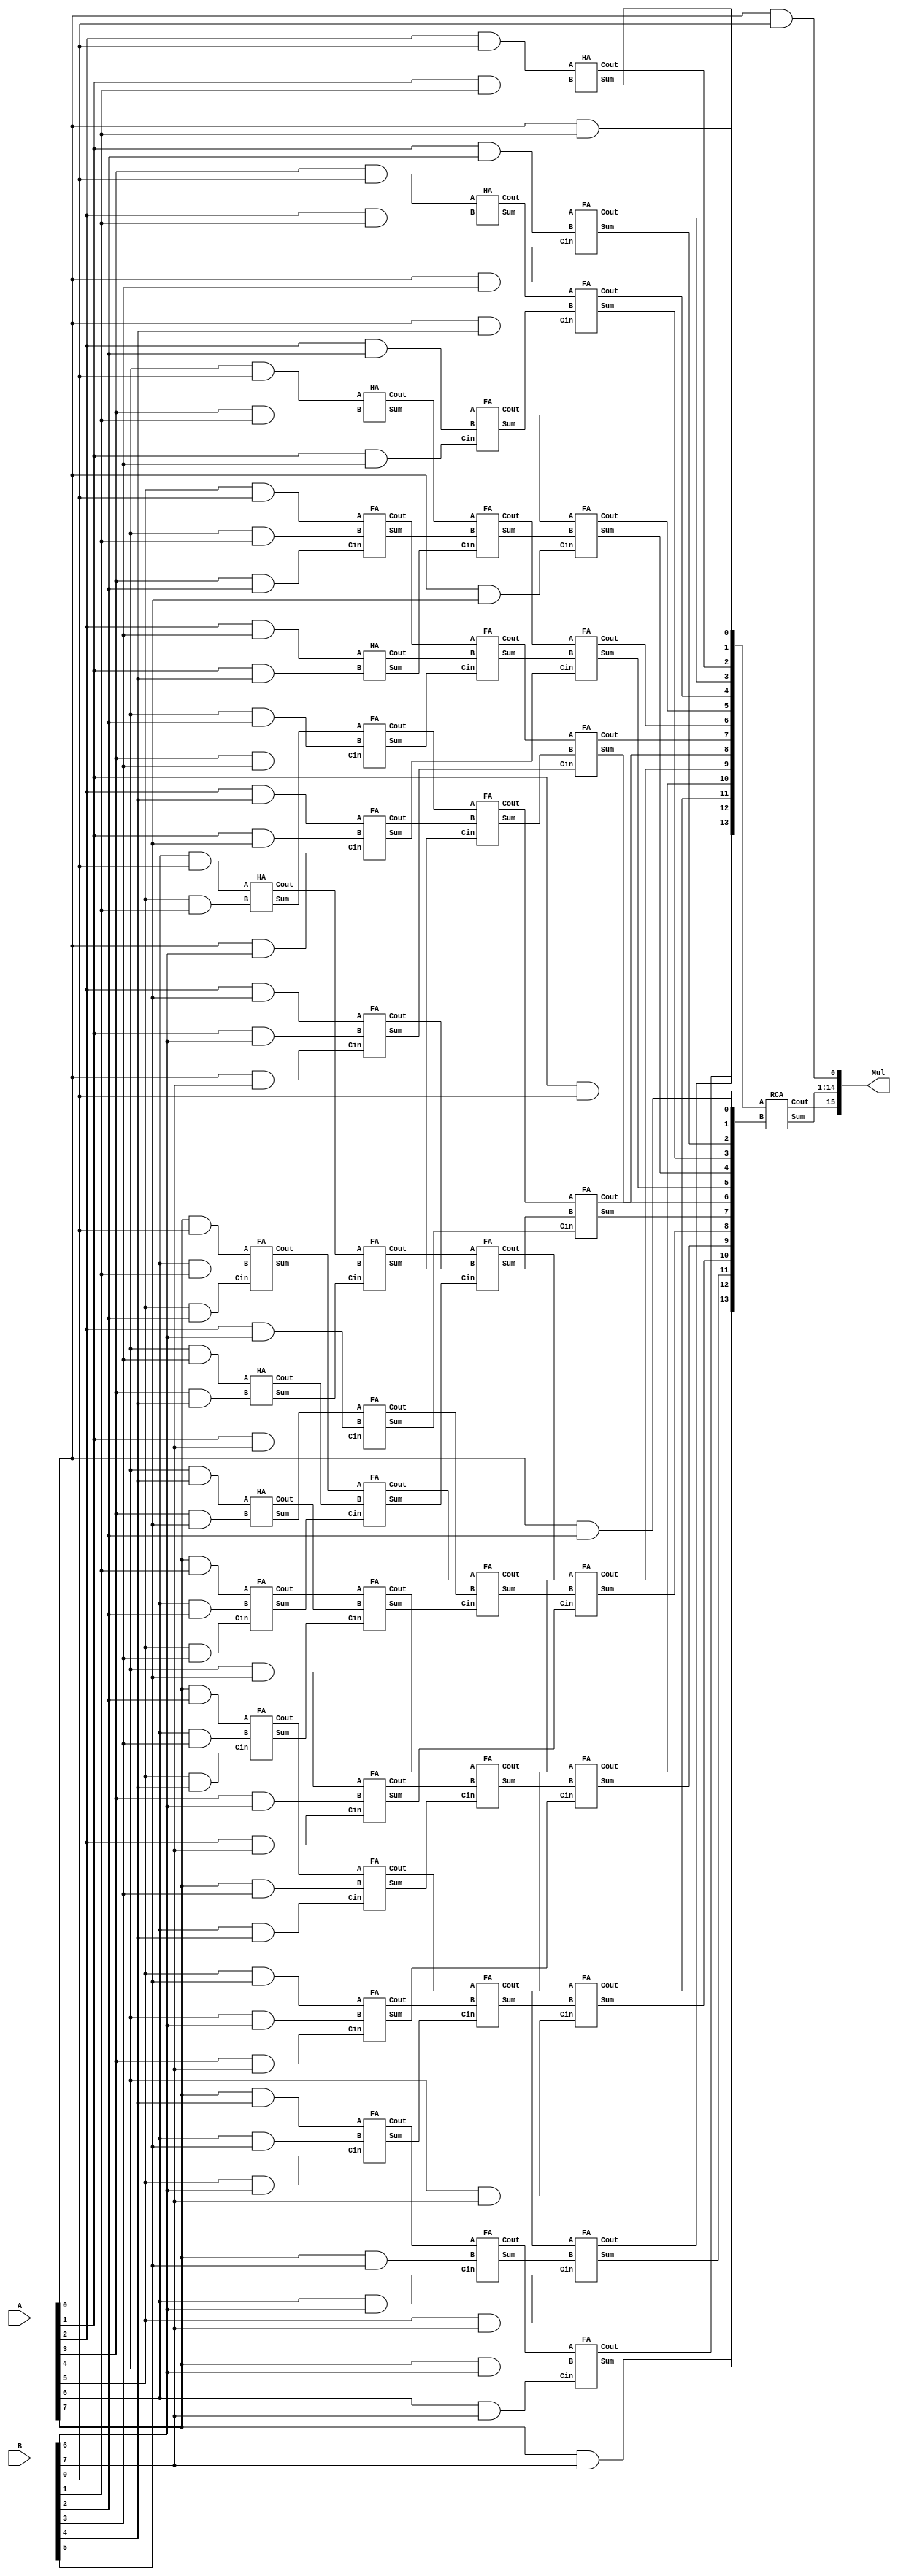
module Dadda (A, B, Mul);

parameter N=8;

input [N-1:0] A;
input [N-1:0] B;
output [2*N-1:0] Mul;
wire Cout;

reg p [N-1:0][N-1:0];

wire w01, w02, w03, w04, w05, w141, w142, w143, w144;
wire [1:0] w11, w131, w12, w132, w13, w133, w14, w15, w25, w35, w45, w55, w65, w75, w85, w95, w105, w115, w125, w135, w145;
wire [2:0] w21, w121, w22, w122, w23, w24, w34, w44, w54, w64, w74, w84, w94, w104, w114, w124, w134;
wire [3:0] w31, w111, w32, w112, w33, w43, w53, w63, w73, w83, w93, w103, w113, w123;
wire [4:0] w41, w101, w42;
wire [5:0] w51, w91 , w52, w62, w72, w82, w92, w102;
wire [6:0] w61, w81;
wire [7:0] w71;


// Initialize all the partial products
integer i,j;

always @(*)
begin

	for(i=0;i<N;i=i+1)
	begin
	
		for(j=0;j<N;j=j+1)
		begin
		
			p[i][j] = A[i] & B[j];
			
		end
	end
end



/*
					Stage 1

															a7 a6 a5 a4 a3 a2 a1 a0
														x	b7 b6 b5 b4 b3 b2 b1 b0
														------------------------------------------------------------------------------------
														a7b0 a6b0 a5b0 a4b0 a3b0 a2b0 a1b0 a0b0
												   a7b1 a6b1 a5b1 a4b1 a3b1 a2b1 a1b1 a0b1
											  a7b2 a6b2 a5b2 a4b2 a3b2 a2b2 a1b2 a0b2
							----------------------------------------------------------------------------------------------------------------
									     a7b3 a6b3 a5b3 a4b3 a3b3 a2b3 a1b3 a0b3
								    a7b4 a6b4 a5b4 a4b4 a3b4 a2b4 a1b4 a0b4
							   a7b5 a6b5 a5b5 a4b5 a3b5 a2b5 a1b5 a0b5
				----------------------------------------------------------------------------------------------------------------------------
						  a7b6 a6b6 a5b6 a4b6 a3b6 a2b6 a1b6 a0b6
				     a7b7 a6b7 a5b7 a4b7 a3b7 a2b7 a1b7 a0b7

---------------------------------------------------------------------------------------------------------------------------------------------
			
			
			Stage 2

														w92[0] w82[0] w72[0] w62[0] w52[0] w42[0] w32[0] w22[0] w12 w02		[weight-bit] [stage]
														w92[1] w82[1] w72[1] w62[1] w52[1] w42[1] w32[1] w22[1]
								w122[0] w112[0] w102[0] w92[2] w82[2] w72[2] w62[2] w52[2] w42[2] w32[2]
				----------------------------------------------------------------------------------------------------------------------------								
								w122[1] w112[1] w102[1] w92[3] w82[3] w72[3] w62[3] w52[3]
						w132[0] w122[2] w112[2] w102[2] w92[4] w82[4] w72[4] w62[4]
				w142[0] w132[1] w122[3] w112[3] w102[3] w92[5] w82[5] w72[5]

---------------------------------------------------------------------------------------------------------------------------------------------								
								
								
								
*/



// Stage 1			// [Weight-bit] [Stage]

assign w01 = p[0][0];
assign w02 = w01;

assign w11[0] = p[0][1];
assign w11[1] = p[1][0];
assign w12 = w11;

assign w21[0] = p[2][0];
assign w21[1] = p[1][1];
assign w21[2] = p[0][2];
assign w22 = w21;

assign w31[0] = p[3][0];
assign w31[1] = p[2][1];
assign w31[2] = p[1][2];
assign w31[3] = p[0][3];
assign w32 = w31;

assign w41[0] = p[4][0];
assign w41[1] = p[3][1];
assign w41[2] = p[2][2];
assign w41[3] = p[1][3];
assign w41[4] = p[0][4];
assign w42 = w41;

assign w51[0] = p[5][0];
assign w51[1] = p[4][1];
assign w51[2] = p[3][2];
assign w51[3] = p[2][3];
assign w51[4] = p[1][4];
assign w51[5] = p[0][5];
assign w52 = w51;

assign w61[0] = p[6][0];
assign w61[1] = p[5][1];
assign w61[2] = p[4][2];
assign w61[3] = p[3][3];
assign w61[4] = p[2][4];
assign w61[5] = p[1][5];
assign w61[6] = p[0][6];

HA H1 (w61[0], w61[1], w62[0], w72[0]);
assign w62[1] = w61[2];
assign w62[2] = w61[3];
assign w62[3] = w61[4];
assign w62[4] = w61[5];
assign w62[5] = w61[6];


assign w71[0] = p[7][0];
assign w71[1] = p[6][1];
assign w71[2] = p[5][2];
assign w71[3] = p[4][3];
assign w71[4] = p[3][4];
assign w71[5] = p[2][5];
assign w71[6] = p[1][6];
assign w71[7] = p[0][7];

FA F1 (w71[0], w71[1], w71[2], w72[1], w82[0]);
HA H2 (w71[3], w71[4], w72[2], w82[1]);
assign w72[3] = w71[5];
assign w72[4] = w71[6];
assign w72[5] = w71[7];


assign w81[0] = p[7][1];
assign w81[1] = p[6][2];
assign w81[2] = p[5][3];
assign w81[3] = p[4][4];
assign w81[4] = p[3][5];
assign w81[5] = p[2][6];
assign w81[6] = p[1][7];

FA F2 (w81[0], w81[1], w81[2], w82[2], w92[0]);
HA H3 (w81[3], w81[4], w82[3], w92[1]);
assign w82[4] = w81[5];
assign w82[5] = w81[6];


assign w91[0] = p[7][2];
assign w91[1] = p[6][3];
assign w91[2] = p[5][4];
assign w91[3] = p[4][5];
assign w91[4] = p[3][6];
assign w91[5] = p[2][7];

FA F3 (w91[0], w91[1], w91[2], w92[2], w102[0]);
assign w92[3] = w91[3];
assign w92[4] = w91[4];
assign w92[5] = w91[5];


assign w101[0] = p[7][3];
assign w101[1] = p[6][4];
assign w101[2] = p[5][5];
assign w101[3] = p[4][6];
assign w101[4] = p[3][7];

assign w102[1] = w101[0];
assign w102[2] = w101[1];
assign w102[3] = w101[2];
assign w102[4] = w101[3];
assign w102[5] = w101[4];


assign w111[0] = p[7][4];
assign w111[1] = p[6][5];
assign w111[2] = p[5][6];
assign w111[3] = p[4][7];

assign w112 = w111;


assign w121[0] = p[7][5];
assign w121[1] = p[6][6];
assign w121[2] = p[5][7];

assign w122 = w121;


assign w131[0] = p[7][6];
assign w131[1] = p[6][7];

assign w132 = w131;


assign w141 = p[7][7];

assign w142 = w141;





// Stage 2			// [Weight-bit] [Stage]

assign w03 = w02;

assign w13 = w12;

assign w23 = w22;

assign w33 = w32;

HA H4 (w42[0], w42[1], w43[0], w53[0]);
assign w43[1] = w42[2];
assign w43[2] = w42[3];
assign w43[3] = w42[4];

FA F4 (w52[0], w52[1], w52[2], w53[1], w63[0]);
HA H5 (w52[3], w52[4], w53[2], w63[1]);
assign w53[3] = w52[5];


FA F5 (w62[0], w62[1], w62[2], w63[2], w73[0]);
FA F6 (w62[3], w62[4], w62[5], w63[3], w73[1]);


FA F7 (w72[0], w72[1], w72[2], w73[2], w83[0]);
FA F8 (w72[3], w72[4], w72[5], w73[3], w83[1]);


FA F9  (w82[0], w82[1], w82[2], w83[2], w93[0]);
FA F10 (w82[3], w82[4], w82[5], w83[3], w93[1]);


FA F11 (w92[0], w92[1], w92[2], w93[2], w103[0]);
FA F12 (w92[3], w92[4], w92[5], w93[3], w103[1]);


FA F13 (w102[0], w102[1], w102[2], w103[2], w113[0]);
FA F14 (w102[3], w102[4], w102[5], w103[3], w113[1]);


FA F15 (w112[0], w112[1], w112[2], w113[2], w123[0]);
assign w113[3] = w112[3];


assign w123[1] = w122[0];
assign w123[2] = w122[1];
assign w123[3] = w122[2];


assign w133 = w132;


assign w143 = w142;





// Stage 3			// [Weight-bit] [Stage]

assign w04 = w03;

assign w14 = w13;

assign w24 = w23;

HA H6 (w33[0], w33[1], w34[0], w44[0]);
assign w34[1] = w33[2];
assign w34[2] = w33[3];


FA F16 (w43[0], w43[1], w43[2], w44[1], w54[0]);
assign w44[2] = w43[3];


FA F17 (w53[0], w53[1], w53[2], w54[1], w64[0]);
assign w54[2] = w53[3];


FA F18 (w63[0], w63[1], w63[2], w64[1], w74[0]);
assign w64[2] = w63[3];


FA F19 (w73[0], w73[1], w73[2], w74[1], w84[0]);
assign w74[2] = w73[3];


FA F20 (w83[0], w83[1], w83[2], w84[1], w94[0]);
assign w84[2] = w83[3];


FA F21 (w93[0], w93[1], w93[2], w94[1], w104[0]);
assign w94[2] = w93[3];


FA F22 (w103[0], w103[1], w103[2], w104[1], w114[0]);
assign w104[2] = w103[3];


FA F23 (w113[0], w113[1], w113[2], w114[1], w124[0]);
assign w114[2] = w113[3];


FA F24 (w123[0], w123[1], w123[2], w124[1], w134[0]);
assign w124[2] = w123[3];


assign w134[1] = w133[0];
assign w134[2] = w133[1];


assign w144 = w143;





// Stage 4			// [Weight-bit] [Stage]

assign w05 = w04;

assign w15 = w14;


HA H7 (w24[0], w24[1], w25[0], w35[0]);
assign w25[1] = w24[2];

FA F25 (w34[0], w34[1], w34[2], w35[1], w45[0]);

FA F26 (w44[0], w44[1], w44[2], w45[1], w55[0]);

FA F27 (w54[0], w54[1], w54[2], w55[1], w65[0]);

FA F28 (w64[0], w64[1], w64[2], w65[1], w75[0]);

FA F29 (w74[0], w74[1], w74[2], w75[1], w85[0]);

FA F30 (w84[0], w84[1], w84[2], w85[1], w95[0]);

FA F31 (w94[0], w94[1], w94[2], w95[1], w105[0]);

FA F32 (w104[0], w104[1], w104[2], w105[1], w115[0]);

FA F33 (w114[0], w114[1], w114[2], w115[1], w125[0]);

FA F34 (w124[0], w124[1], w124[2], w125[1], w135[0]);

FA F35 (w134[0], w134[1], w134[2], w135[1], w145[0]);

assign w145[1] = w144;

//HA H15 (w144[0], w144[1], w145[1], w155); 	Used to ckeck validity by making an error


// 14-bit ripple carry adder for MSB bits

RCA RC0 ({w145[0], w135[0], w125[0], w115[0], w105[0], w95[0], w85[0], w75[0], w65[0], w55[0], w45[0], w35[0], w25[0], w15[0]}, {w145[1], w135[1], w125[1], w115[1], w105[1], w95[1], w85[1], w75[1], w65[1], w55[1], w45[1], w35[1], w25[1], w15[1]}, Mul[14:1], Mul[15]);

assign Mul[0] = w05;

endmodule


module RCA (A, B, Sum, Cout);
input [13:0] A, B;
output Cout;
output [13:0] Sum;

wire [12:0] C;

HA H60 (A[0], B[0], Sum[0], C[0]);
FA F60 (A[1], B[1], C[0], Sum[1], C[1]);
FA F61 (A[2], B[2], C[1], Sum[2], C[2]);
FA F62 (A[3], B[3], C[2], Sum[3], C[3]);
FA F63 (A[4], B[4], C[3], Sum[4], C[4]);
FA F64 (A[5], B[5], C[4], Sum[5], C[5]);
FA F65 (A[6], B[6], C[5], Sum[6], C[6]);
FA F66 (A[7], B[7], C[6], Sum[7], C[7]);
FA F67 (A[8], B[8], C[7], Sum[8], C[8]);
FA F68 (A[9], B[9], C[8], Sum[9], C[9]);
FA F69 (A[10], B[10], C[9], Sum[10], C[10]);
FA F70 (A[11], B[11], C[10], Sum[11], C[11]);
FA F71 (A[12], B[12], C[11], Sum[12], C[12]);

FA F72 (A[13], B[13], C[12], Sum[13], Cout);

endmodule


// Half_Adder

module HA (A, B, Sum, Cout);
input A, B;
output Sum, Cout;

assign Sum = A ^ B;
assign Cout = A & B;

endmodule


// Full_Adder

module FA(A, B, Cin, Sum, Cout);
input A, B, Cin;
output Sum, Cout;

assign Sum = A ^ B ^ Cin;
assign Cout = ((A ^ B) & Cin) | (A & B);

endmodule